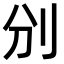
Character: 𠚼